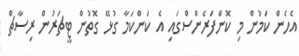
އެހެން ކަމުން މި ކޮންފަރެންސްގައި އެ ކަންކަމާ ގުޅޭ ގޮތުން ޓީޗަރުން ރިސާޗް